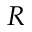
R